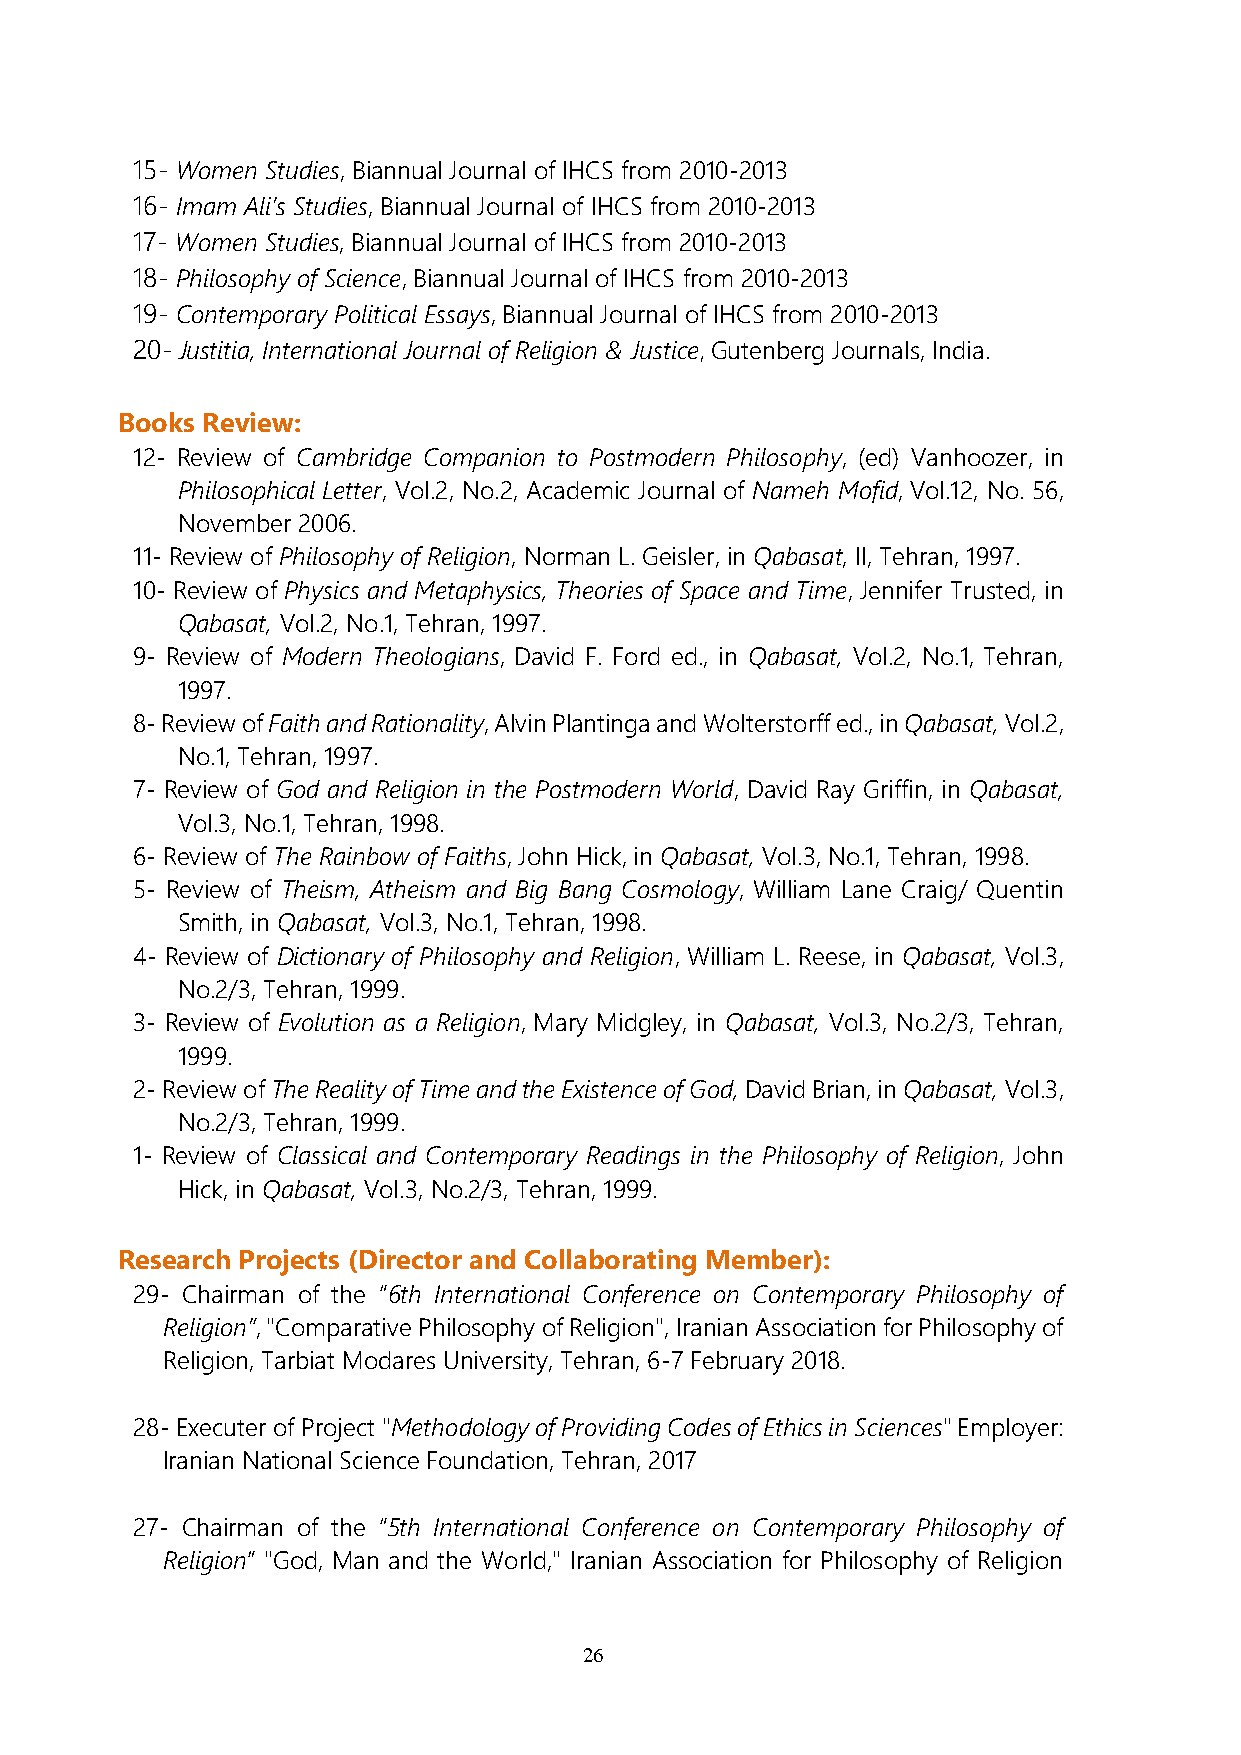
15- Women Studies, Biannual Journal of IHCS from 2010-2013
 16- Imam Ali’s Studies, Biannual Journal of IHCS from 2010-2013
 17- Women Studies, Biannual Journal of IHCS from 2010-2013
 18- Philosophy of Science, Biannual Journal of IHCS from 2010-2013
 19- Contemporary Political Essays, Biannual Journal of IHCS from 2010-2013
 20- Justitia, International Journal of Religion & Justice, Gutenberg Journals, India.
 Books Review:
 12- Review of Cambridge Companion to Postmodern Philosophy, (ed) Vanhoozer, in
 Philosophical Letter, Vol.2, No.2, Academic Journal of Nameh Mofid, Vol.12, No. 56,
 November 2006.
 11- Review of Philosophy of Religion, Norman L. Geisler, in Qabasat, II, Tehran, 1997.
 10- Review of Physics and Metaphysics, Theories of Space and Time, Jennifer Trusted, in
 Qabasat, Vol.2, No.1, Tehran, 1997.
 9- Review of Modern Theologians, David F. Ford ed., in Qabasat, Vol.2, No.1, Tehran,
 1997.
 8- Review of Faith and Rationality, Alvin Plantinga and Wolterstorff ed., in Qabasat, Vol.2,
 No.1, Tehran, 1997.
 7- Review of God and Religion in the Postmodern World, David Ray Griffin, in Qabasat,
 Vol.3, No.1, Tehran, 1998.
 6- Review of The Rainbow of Faiths, John Hick, in Qabasat, Vol.3, No.1, Tehran, 1998.
 5- Review of Theism, Atheism and Big Bang Cosmology, William Lane Craig/ Quentin
 Smith, in Qabasat, Vol.3, No.1, Tehran, 1998.
 4- Review of Dictionary of Philosophy and Religion, William L. Reese, in Qabasat, Vol.3,
 No.2/3, Tehran, 1999.
 3- Review of Evolution as a Religion, Mary Midgley, in Qabasat, Vol.3, No.2/3, Tehran,
 1999.
 2- Review of The Reality of Time and the Existence of God, David Brian, in Qabasat, Vol.3,
 No.2/3, Tehran, 1999.
 1- Review of Classical and Contemporary Readings in the Philosophy of Religion, John
 Hick, in Qabasat, Vol.3, No.2/3, Tehran, 1999.
 Research Projects (Director and Collaborating Member):
 29- Chairman of the “6th International Conference on Contemporary Philosophy of
 Religion”, "Comparative Philosophy of Religion", Iranian Association for Philosophy of
 Religion, Tarbiat Modares University, Tehran, 6-7 February 2018.
 28- Executer of Project "Methodology of Providing Codes of Ethics in Sciences" Employer:
 Iranian National Science Foundation, Tehran, 2017
 27- Chairman of the “5th International Conference on Contemporary Philosophy of
 Religion” "God, Man and the World," Iranian Association for Philosophy of Religion
 26